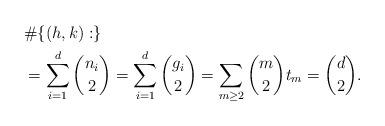
LaTeX: \begin{align*}& \# \{(h,k): \} \\& =\sum_{i=1}^d {n_i \choose 2}=\sum_{i=1}^d {g_i \choose 2}=\sum_{m \geq 2} {m \choose 2} t_m={d \choose 2}.\end{align*}